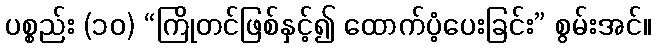
ပစ္စည်း (၁၀) “ကြိုတင်ဖြစ်နှင့်၍ ထောက်ပံ့ပေးခြင်း” စွမ်းအင်။